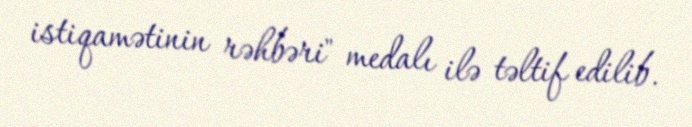
istiqamətinin rəhbəri" medalı ilə təltif edilib.